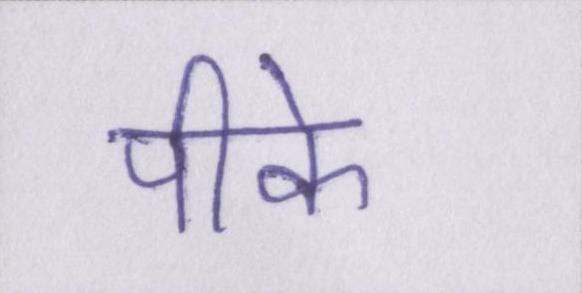
पीके